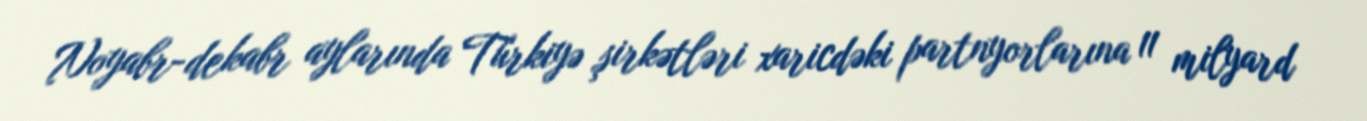
Noyabr-dekabr aylarında Türkiyə şirkətləri xaricdəki partnyorlarına 11 milyard